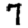
Digit: 7